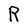
Character: R